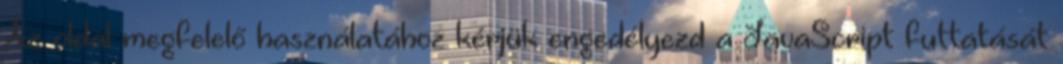
Az oldal megfelelő használatához kérjük engedélyezd a JavaScript futtatását